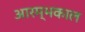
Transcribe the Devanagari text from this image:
आरम्भकाल